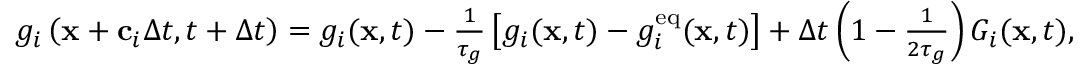
\begin{array} { r } { g _ { i } \left( \mathbf { x } + \mathbf { c } _ { i } \Delta t , t + \Delta t \right) = g _ { i } ( \mathbf { x } , t ) - \frac { 1 } { \tau _ { g } } \left[ g _ { i } ( \mathbf { x } , t ) - g _ { i } ^ { \mathrm { e q } } ( \mathbf { x } , t ) \right] + \Delta t \left( 1 - \frac { 1 } { 2 \tau _ { g } } \right) G _ { i } ( \mathbf { x } , t ) , } \end{array}